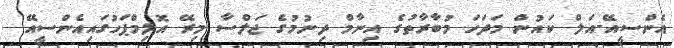
އެންސީއޭ-އަލް ކައުން މަދަހަ މުބާރާތުގެ އިނާމް ދިނުމުގެ ޖަލްސާ މިރޭ އޮލިމްޕަހުގައިއެންސީއޭ